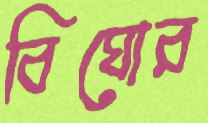
বিঘোর